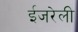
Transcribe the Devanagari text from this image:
ईजरेली